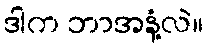
ဒါက ဘာအနံ့လဲ။